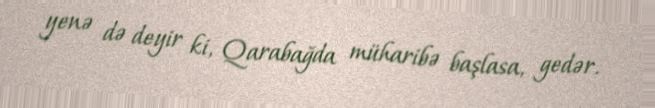
yenə də deyir ki, Qarabağda müharibə başlasa, gedər.